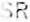
SR